Lunatic asylums Punjab 1868-1880 - 1868-1880
Year: 1868
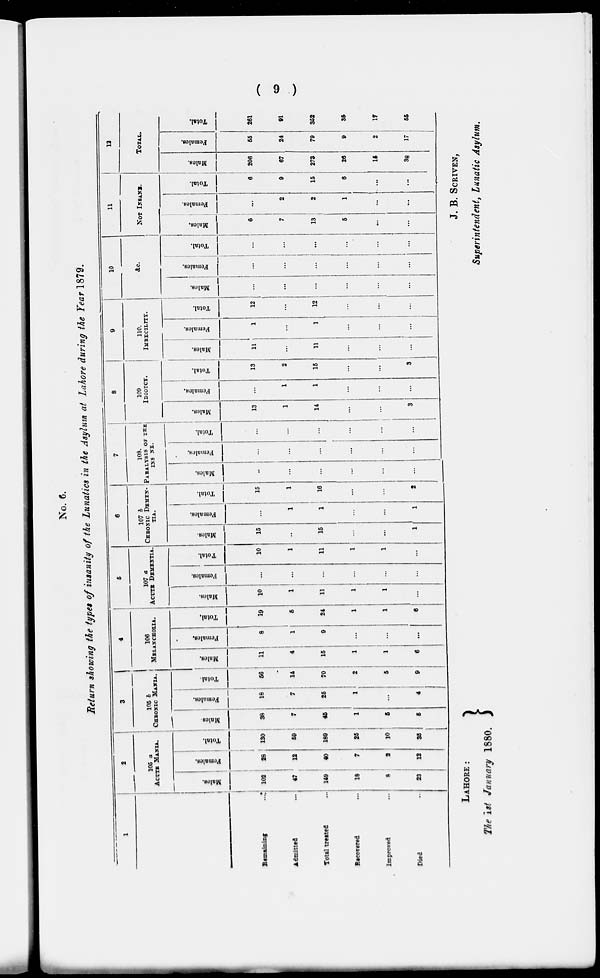
( 9 )
No. 6.
Return showing the types of insanity of the Lunatics in the Asylum at Lahore during the Year 1879.
1
Remaining
...
Admitted
...
Total treated
Recovered
...
Improved
...
Died
2
105 a
ACUTE MANIA.
Males.
102
47
149
18
8
28
Females,
28
12
40
7
2
12
Total.
130
59
180
25
10
35
3
105 b
CHRONIC MANIA.
Males.
38
7
46
1
6
6
Females.
18
7
25
1
...
4
Total.
56
14
70
2
6
9
4
106
MELANCHOLIA.
Males.
11
4
16
1
1
6
Females.
8
1
9
...
...
...
Total,
19
5
24
1
1
6
5
107 a
ACUTE DEMENTIA.
Males.
10
1
11
1
1
Females.
...
...
...
...
...
Total.
10
1
11
1
1
...
6
107 b
CHRONIC DEMEN-
TIA.
Males.
15
...
16
...
...
1
Females.
...
1
1
...
...
1
Total.
15
1
16
...
...
2
7
108.
PARALYSIS OF THE
INS NE.
Males.
..
...
...
...
...
...
Females.
...
...
...
...
...
...
Total.
...
...
...
...
...
...
8
109
IDIOTCY.
Males.
13
1
14
...
3
Females.
...
1
1
...
...
...
Total.
13
2
15
...
...
3
9
110.
lMBECILITY.
Males.
11
...
11
...
...
Females.
1
...
1
...
...
Total.
12
...
12
...
...
...
10
&c.
Males.
...
...
...
...
...
...
Females.
...
...
...
...
...
...
Total.
...
...
...
...
...
11
NOT INSANE.
Males.
6
7
13
5
...
...
Females.
...
2
2
1
...
...
Total.
6
9
15
6
...
...
12
TOTAL.
Males.
206
67
273
26
16
38
Females.
55
24
79
0
2
17
Total.
261
91
352
35
17
55
LAHORE :
The 1st January 1880.
J. B. SCRIVEN,
Superintendent, Lunatic Asylum.